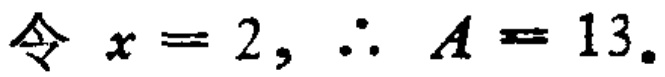
令 \(x = 2, \therefore A = 13\)。